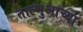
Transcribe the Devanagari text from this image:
ताल्गुआच्या